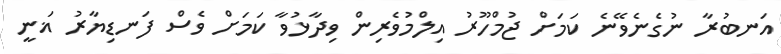
އަނބުރާ ނުގެނެވޭނެ ކަމަށް ޖުމްހޫރު އިލްމުވެރިން ވިދާޅުވާ ކަމަށް ވެސް ފަނޑިޔާރު ޣަނީ